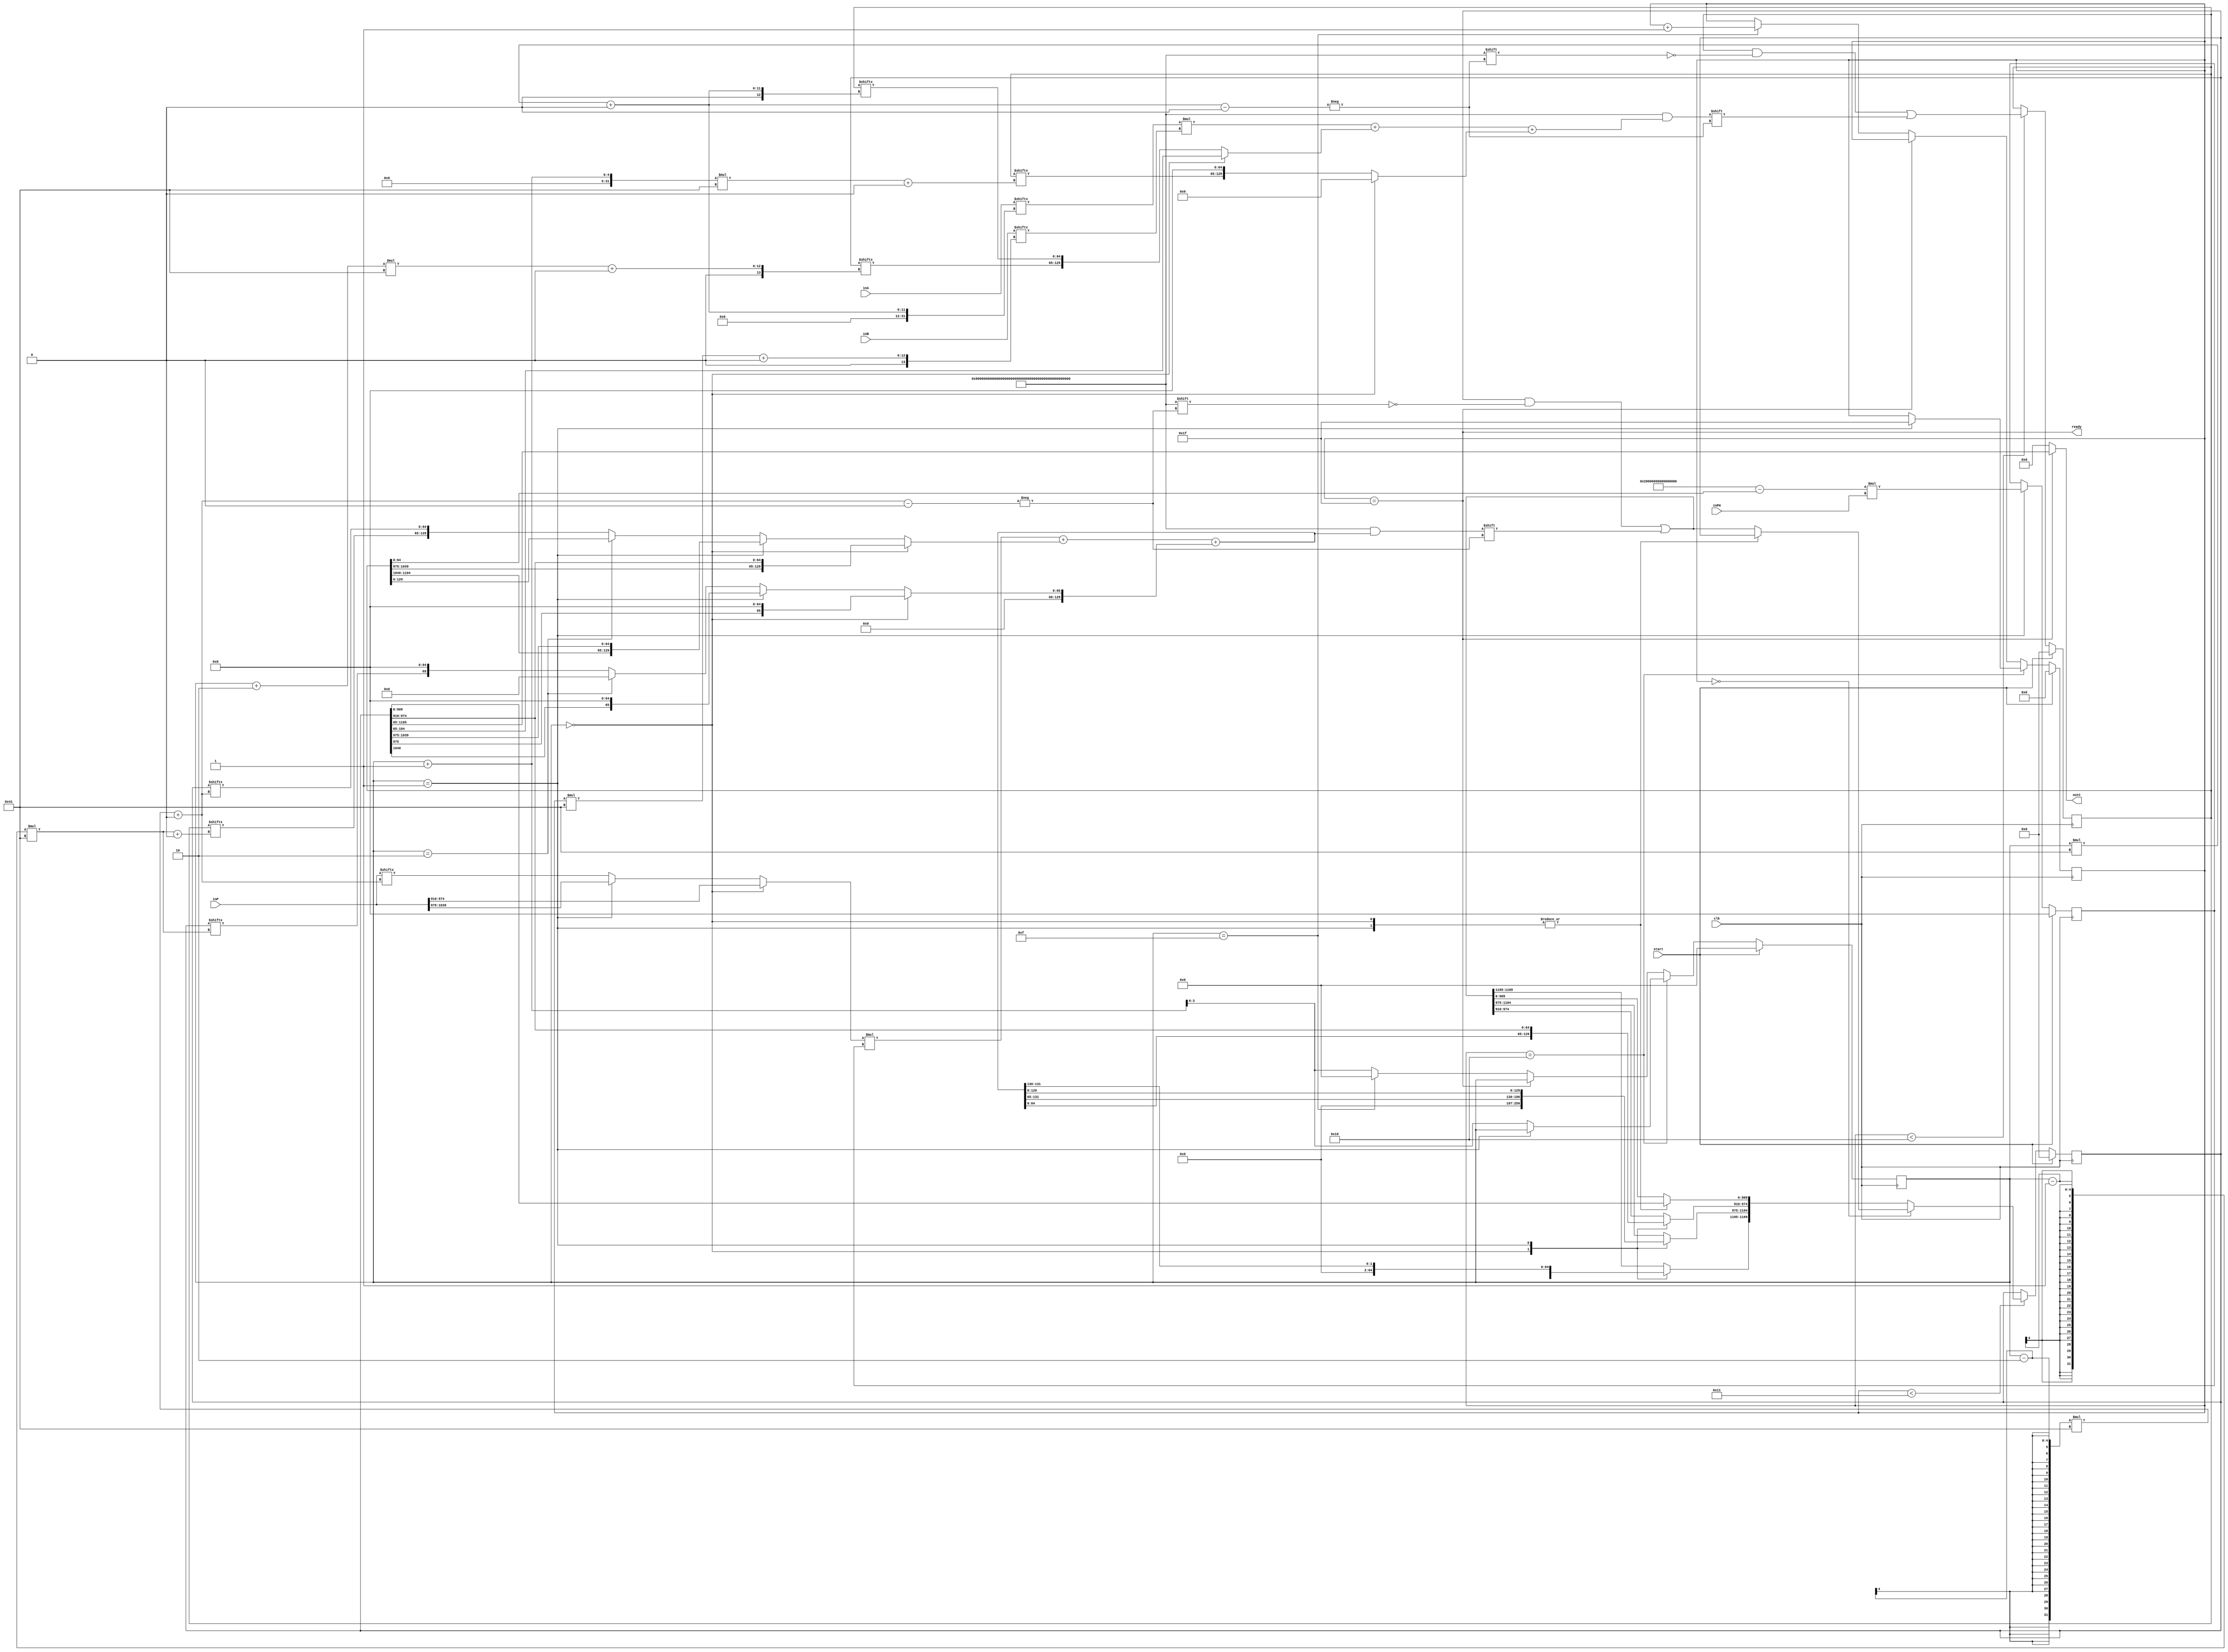
module ma (
    clk,
    start,
    inA,
    inB,
    inP,
    inPH,
    outC,
    ready
);

input               clk;
input               start;
input   [1039:0]    inA;
input   [1039:0]    inB;
input   [1039:0]    inP;
input   [64:0]      inPH;
output  [1040:0]    outC;
output              ready;

reg     [1169:0]    regS;
reg     [1169:0]    regT;
reg     [64:0]      regZ;
wire    [64:0]      regZ_next;
reg     [4:0]       round;
reg     [3:0]       count;
    
wire    [64:0]      M1in1;
wire    [64:0]      M1in2;
wire    [129:0]     M1out;
wire    [64:0]      M2in1;
wire    [64:0]      M2in2;
wire    [129:0]     M2out;
wire    [129:0]     N1in1;
wire    [129:0]     N1in2;
wire    [194:0]     N1out;
wire    [129:0]     N2in1;
wire    [129:0]     N2in2;
wire    [194:0]     N2out;

assign ready = (round == 5'b11111);
assign outC = ready ? regT[1105:65] : 1041'b0;

assign M1out = M1in1 * M1in2;
assign M2out = M2in1 * M2in2;
assign N1out = { 65'b0, M1out } + { 65'b0, N1in1 } + { 65'b0, N1in2 };
assign N2out = { 65'b0, M2out } + { 65'b0, N2in1 } + { 65'b0, N2in2 };
assign regZ_next = (66'h200000000_00000000 - regS[64:0]) * inPH;
assign M1in1 = inA[count*65+:65];
assign M1in2 = inB[round*65+:65];
assign N1in1 = (count==0) ? regT[194:65] : {regT[(count+2)*65+:65], regS[count*65+:65]};
assign N1in2 = (count==0) ? 130'b0 : {regS[(count+1)*65+:65], 65'b0};
assign M2in1 = (count==0) ? inP[974:910] : 
               (count==1) ? inP[1039:975] : inP[(count-2)*65+:65];
assign M2in2 = regZ;
assign N2in1 = (count==0) ? {regS[1039:975], regT[974:910]} : 
               (count==1) ? {regS[1104:1040], regT[1039:975]} :
               (count==2) ? regS[129:0] : {regS[(count-1)*65+:65], regT[(count-2)*65+:65]};
assign N2in2 = (count==0) ? { 64'b0, regT[975], 65'b0} :
               (count==1) ? { 64'b0, regT[1040], 65'b0} :
               (count==2) ? 130'b0 : { 64'b0, regT[(count-1)*65], 65'b0};

always @ (posedge clk) begin 
    if (start) begin
        regZ <= 65'b0;
    end
    else if (count==1) begin
        regZ <= regZ_next;
    end
end

always @ (posedge clk) begin
    if (start) begin
        regS <= 1169'b0;
    end
    else if (round<16) begin
        case (count)
            default : regS[count*65+:195] <= N1out;
        endcase
    end
end

always @ (posedge clk) begin
    if (start) begin
        regT <= 1169'b0;
    end
    else if (round<17) begin
        if (round==0) begin
            case (count)
                0       : ;
                1       : ;
                default : regT[(count-2)*65+:195] <= N2out;
            endcase
        end
        else begin
            case (count)
                0       : regT[1104:910]          <= N2out;
                1       : regT[1169:975]          <= N2out;
                default : regT[(count-2)*65+:195] <= N2out;
            endcase
        end
    end
end

always @ (posedge clk) begin
    if (start) begin
        count <= 0;
        round <= 0;
    end
    else begin
        if (round==16) begin
            if (count==1) begin
                round <= 5'b11111;
            end
            else begin
                count <= count + 1;
            end
        end
        else if (!ready) begin
            if (count==15) begin
                count <= 0;
                round <= round + 1;
            end
            else begin
                count <= count + 1;
            end
        end
    end
end

endmodule